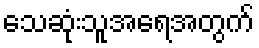
သေဆုံးသူအရေအတွက်